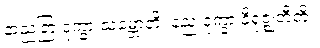
နာညတြ ဒုက္ခာ သမ္ဘောတိ၊ နညံ ဒုက္ခာ နိရုဇ္ဈတီတိ။